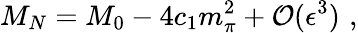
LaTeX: M_{N}=M_{0}-4c_{1}m_{\pi}^{2}+{\cal O}(\epsilon^{3})\, \, ,